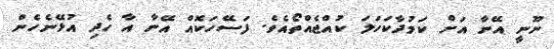
ނޫނީ އޭނާ އަށް ކަމުދާކަހަލަ ކުއްޖެއްތޯއެވެ. ފަސޭހަކޮއް އޭނާ އާ ހެދި އުޅޭނެހެން